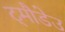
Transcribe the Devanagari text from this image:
ट्मौडेउ